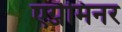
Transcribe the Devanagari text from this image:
एग्जैमिनर